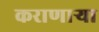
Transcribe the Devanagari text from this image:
कराणाऱ्या